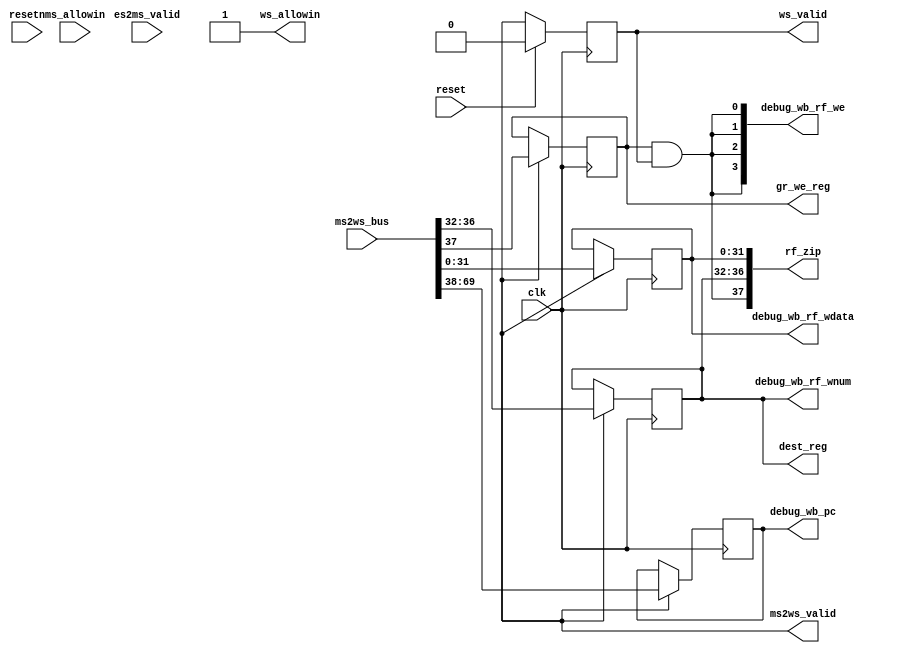
module WBstage (
  input wire clk,
  input wire resetn,
  input wire reset,
  
  input wire ms_allowin,
  output wire ws_allowin,
  input wire es2ms_valid,
  output wire ms2ws_valid,
  
  input wire [69:0] ms2ws_bus,  
  output wire [37:0] rf_zip,

  output wire [31:0] debug_wb_pc,
  output wire [3:0] debug_wb_rf_we,
  output wire [4:0] debug_wb_rf_wnum,
  output wire [31:0] debug_wb_rf_wdata,


  output reg ws_valid,
  output reg gr_we_reg,
  output reg [4:0] dest_reg

);



//////////zip//////////
wire rf_we;
wire [4:0] rf_waddr;
wire [31:0] rf_wdata;
assign rf_zip = {rf_we, rf_waddr, rf_wdata};

wire [31:0] ms_pc;
wire mem_gr_we;
wire [4:0] mem_dest;
wire [31:0] final_result;
assign {ms_pc, mem_gr_we, mem_dest, final_result} = ms2ws_bus;

//////////declaration////////


reg [31:0] ws_pc;
reg [31:0] final_result_reg;

//////////pipeline//////////
wire ws_ready_go;


assign ws_ready_go = 1'b1;
assign ws_allowin = ~ws_valid || ws_ready_go;

always @(posedge clk) begin
  if (reset) begin
    ws_valid <= 1'b0;
  end else if (ws_allowin) begin
    ws_valid <= ms2ws_valid;
  end
  
  if(ms2ws_valid && ws_allowin)begin
    ws_pc <= ms_pc;
    gr_we_reg <= mem_gr_we;
    dest_reg <= mem_dest;
    final_result_reg <= final_result;
  end
end

//////////assign//////////
assign rf_we = gr_we_reg && ws_valid;
assign rf_waddr = dest_reg;
assign rf_wdata = final_result_reg;

assign debug_wb_pc = ws_pc;
assign debug_wb_rf_we = {4{rf_we}};
assign debug_wb_rf_wnum = dest_reg;
assign debug_wb_rf_wdata = final_result_reg;

endmodule